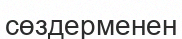
сөздерменен